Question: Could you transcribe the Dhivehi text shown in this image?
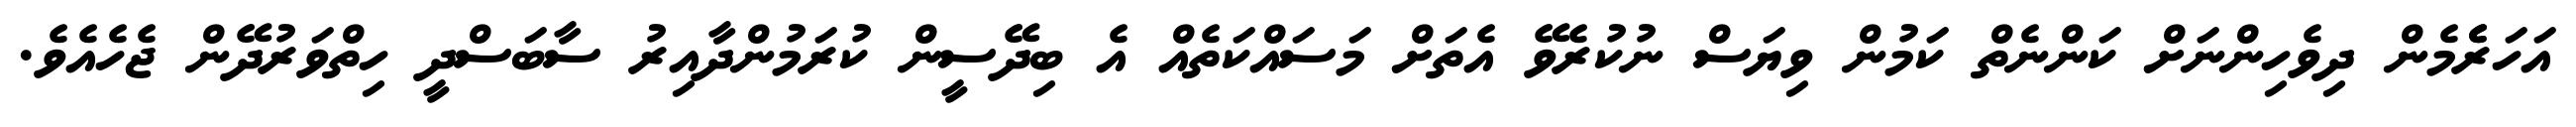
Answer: އަހަރެެމެން ދިވެހިންނަށް ކަންނެތް ކަމުން ވިޔަސް ނުކުރެވޭ އެތަށް މަސައްކަތެއް އެ ބިދޭސީން ކުރަމުންދާއިރު ސާބަސްދީ ހިތްވަރުދޭން ޖެހެއެވެ.